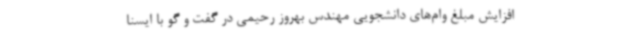
افزایش مبلغ وام‌های دانشجویی مهندس بهروز رحیمی در گفت و گو با ایسنا